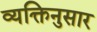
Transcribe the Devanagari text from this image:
व्यक्तिनुसार